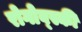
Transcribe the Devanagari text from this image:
रोगोव्स्की